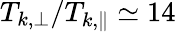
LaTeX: T_{k,\perp}/T_{k,\parallel}\simeq 14